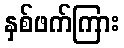
နှစ်ဖက်ကြား